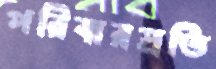
পরিবারপ্রতি